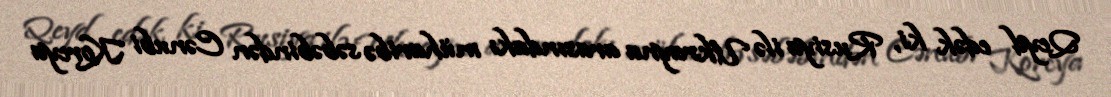
Qeyd edək ki, Rusiya ilə Ukrayna arasındakı müharibə səbəbindən Cənubi Koreya